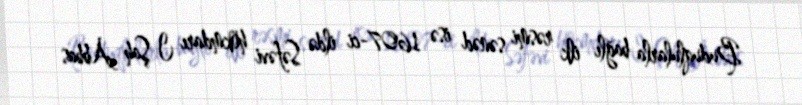
Buduqlularla bağlı ilk rəsmi sənəd isə 1607-ci ildə Səfəvi hökmdarı I Şah Abbas